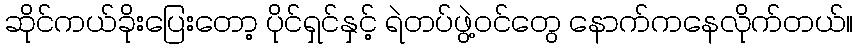
ဆိုင်ကယ်ခိုးပြေးတော့ ပိုင်ရှင်နှင့် ရဲတပ်ဖွဲ့ဝင်တွေ နောက်ကနေလိုက်တယ်။